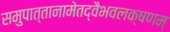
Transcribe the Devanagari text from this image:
समुपात्तानामेतद्वैभवलक्षणम्